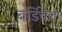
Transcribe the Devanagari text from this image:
बर्डिचला